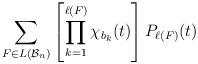
LaTeX: \begin{align*} \sum \limits_{F \in L(\mathcal{B}_n)} \left [ \prod \limits_{k=1}^{\ell(F)} \chi_{b_k}(t) \right ] P_{\ell(F)}(t) \end{align*}